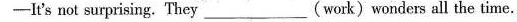
-It's not surprising. 'They___(work)wonders all the time.